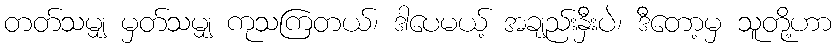
တတ်သမျှ မှတ်သမျှ ကုသကြတယ်၊ ဒါပေမယ့် အချည်းနှီးပဲ၊ ဒီတော့မှ သူတို့ဟာ